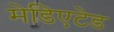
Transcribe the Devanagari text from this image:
मेडिएटेड